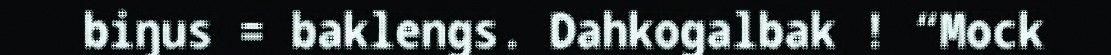
biŋus = baklengs. Dahkogalbak ! “Mock